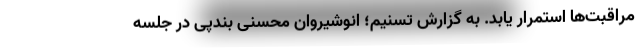
مراقبت‌ها استمرار یابد. به گزارش تسنیم؛ انوشیروان محسنی بندپی در جلسه